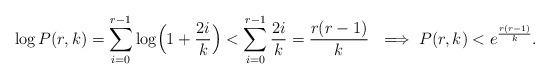
LaTeX: \begin{align*}\log P(r,k) =\sum_{i=0}^{r-1}\log \Bigl(1+\dfrac{2i}{k}\Bigr)<\sum_{i=0}^{r-1}\dfrac{2i}{k}=\dfrac{r(r-1)}{k} \ \implies P(r,k) < e^{\frac{r(r-1)}{k}}.\end{align*}